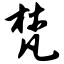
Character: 梵